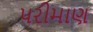
પરીમાણ